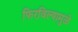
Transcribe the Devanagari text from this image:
फिरविल्यामुळे